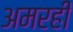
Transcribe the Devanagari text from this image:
अमरही